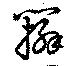
辮